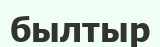
былтыр